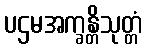
ပဌမအက္ခန္တိသုတ္တံ